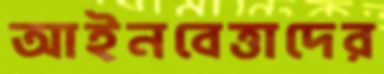
আইনবেত্তাদের